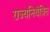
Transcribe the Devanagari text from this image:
राज्यनियंत्रित